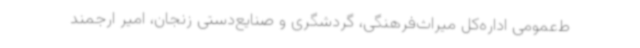
ط‌عمومی اداره‌کل میراث‌فرهنگی، گردشگری و صنایع‌دستی زنجان، امیر ارجمند